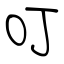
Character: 叮